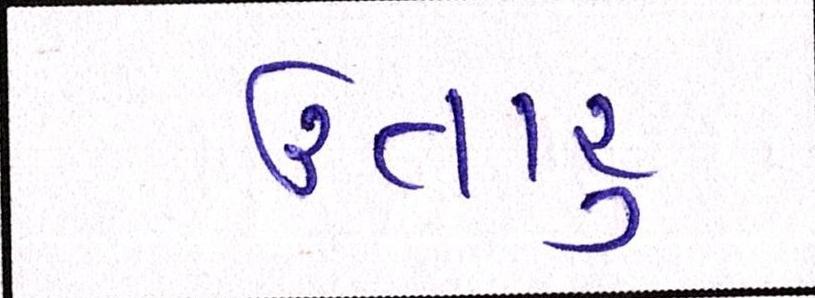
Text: ઉતારુ